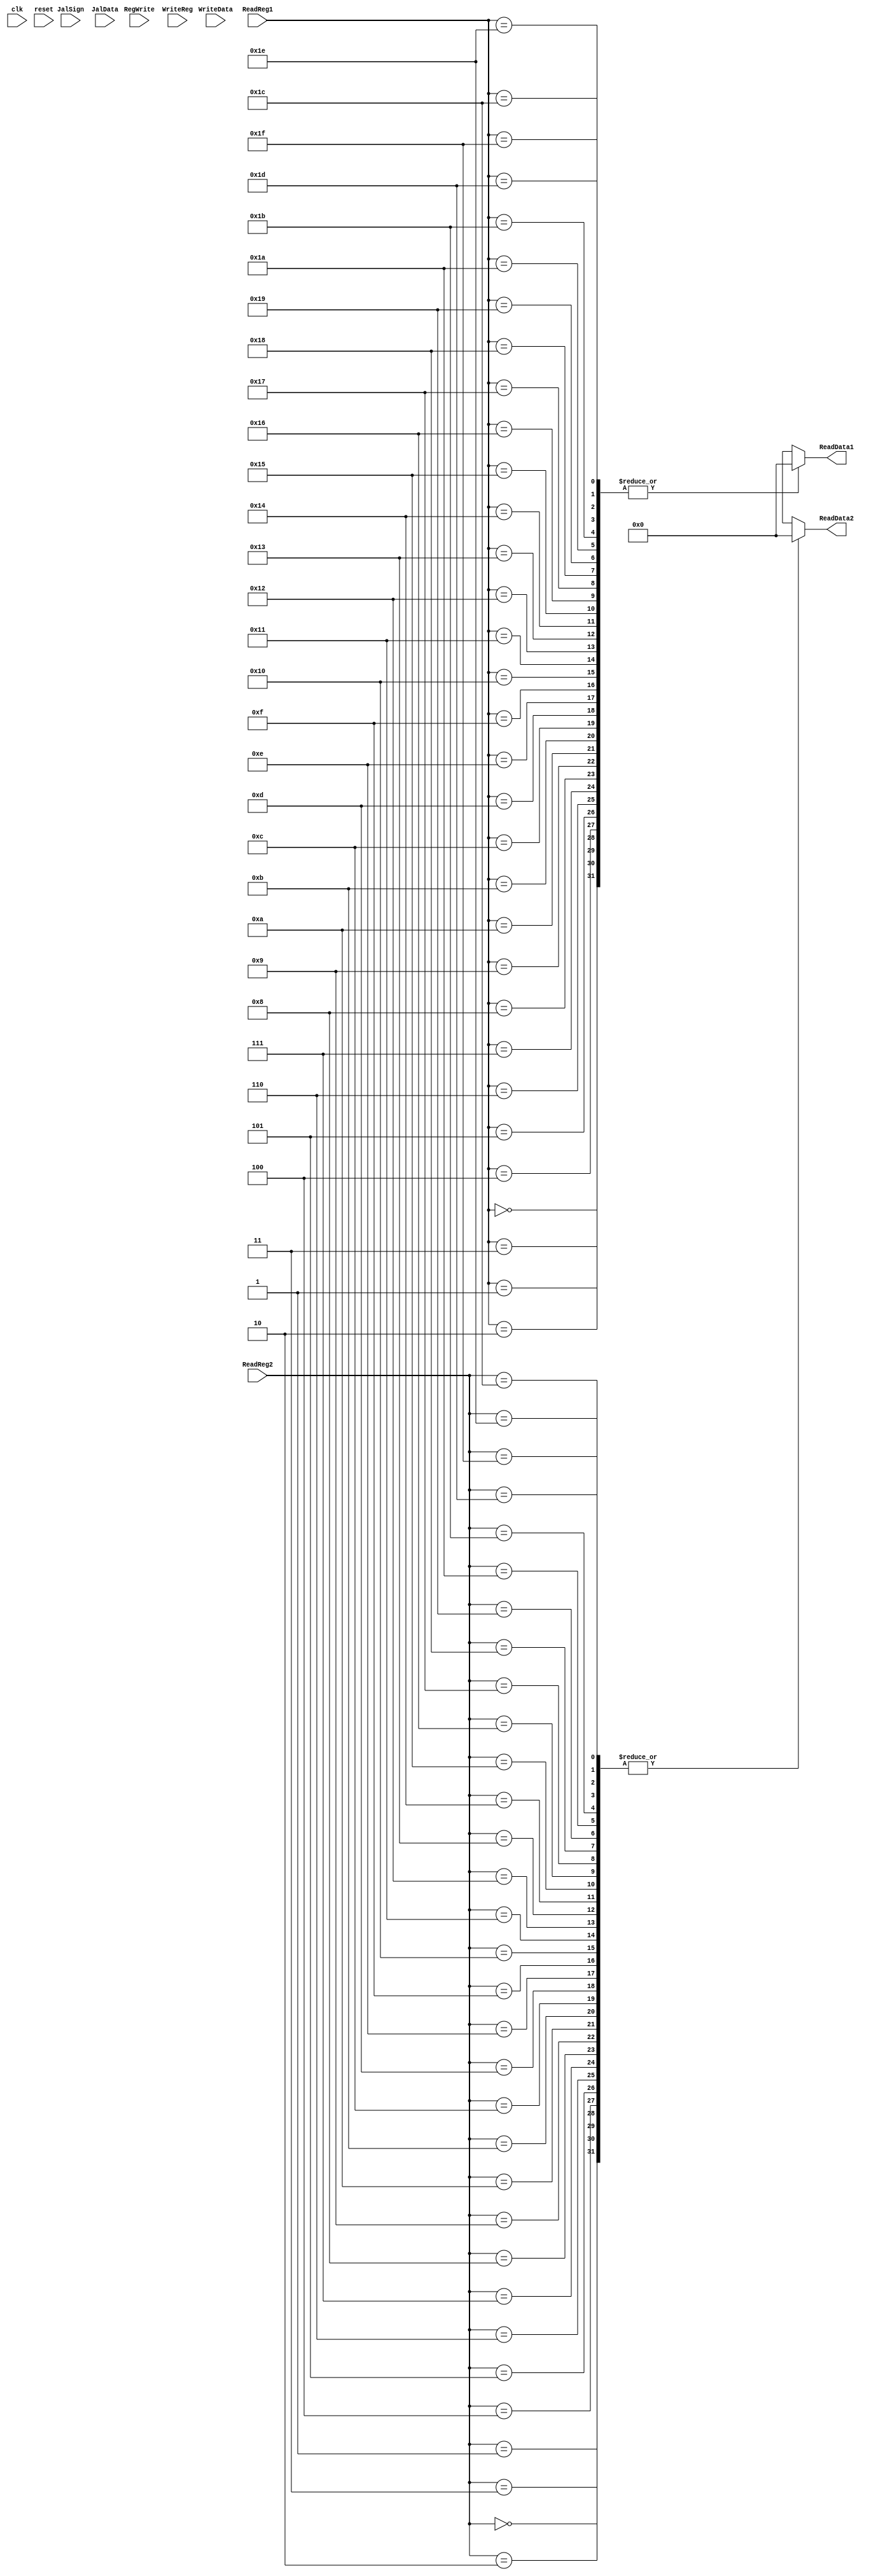
`timescale 1ns / 1ps
//////////////////////////////////////////////////////////////////////////////////
// Company: 
// Engineer: 
// 
// Design Name: 
// Module Name: Registers
// Project Name: 
// Target Devices: 
// Tool Versions: 
// Description: 
// 
// Dependencies: 
// 
// Revision:
// Revision 0.01 - File Created
// Additional Comments:
// 
//////////////////////////////////////////////////////////////////////////////////


module Registers(
    input clk,
    input reset,
    input RegWrite,
    input JalSign,
    input [4 : 0] ReadReg1,
    input [4 : 0] ReadReg2,
    input [4 : 0] WriteReg,
    input [31 : 0] WriteData,
    input [31 : 0] JalData,
    output [31 : 0] ReadData1,
    output [31 : 0] ReadData2
    );
    
    reg [31 : 0] RegFile [31 : 0];
    integer i;
    
    assign ReadData1 = RegFile[ReadReg1];
    assign ReadData2 = RegFile[ReadReg2];
    
    always @ (ReadReg1 or ReadReg2)
    begin
       $display("Register Reading Activated :\n    Reg[%d] = %d\n    Reg[%d] = %d\n", ReadReg1, ReadData1, ReadReg2, ReadData2);        
    end
    
    always @ (negedge clk)
    begin
        if (RegWrite) begin
            RegFile[WriteReg] = WriteData;
            $display("Register Writing Activated :\n    Reg[%d] = %d\n", WriteReg, WriteData);
        end
        if (JalSign) begin
            RegFile[31] = JalData;
            $display("Register Writing Activated :\n    Reg[%d] = %d\n", 31, JalData);
        end
    end
    
    always @ (reset)
    begin
        for (i = 0; i <= 31; i = i + 1)
            RegFile[i] = 0;
    end
endmodule